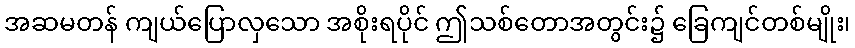
အဆမတန် ကျယ်ပြောလှသော အစိုးရပိုင် ဤသစ်တောအတွင်း၌ ခြေကျင်တစ်မျိုး၊